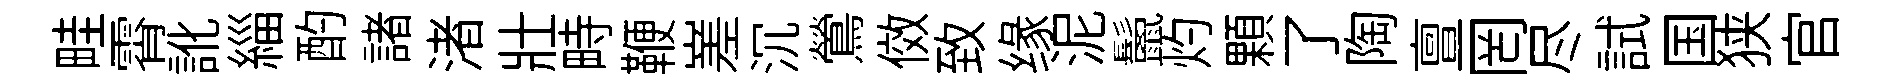
畦霄訛緇酌諸渚壯畤鞭嵳沉鶯傚致缘泥鬛灼顆了陶亶罔尽試国狭官